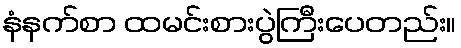
နံနက်စာ ထမင်းစားပွဲကြီးပေတည်း။